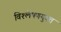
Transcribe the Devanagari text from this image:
विश्लेषणयुक्त